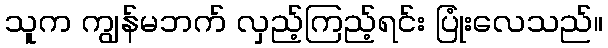
သူက ကျွန်မဘက် လှည့်ကြည့်ရင်း ပြုံးလေသည်။